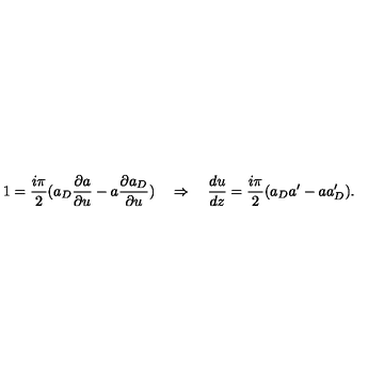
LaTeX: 1 = \frac { i \pi } { 2 } ( a _ { D } \frac { \partial a } { \partial u } - a \frac { \partial a _ { D } } { \partial u } ) \quad \Rightarrow \quad \frac { d u } { d z } = \frac { i \pi } { 2 } ( a _ { D } a ^ { \prime } - a a _ { D } ^ { \prime } ) .